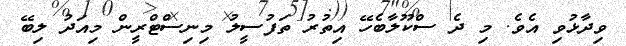
ވިދާޅުވި އެވެ. މި ދެ ސްކޫލާބެހޭ އިތުރު ތަފުސީލު މިިނިސްޓްރީން މިއަދު ލިބޭ